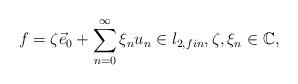
LaTeX: \begin{align*}f = \zeta \vec e_0 + \sum_{n=0}^\infty \xi_n u_n\in l_{2,fin},\zeta, \xi_n\in\mathbb{C}, \end{align*}